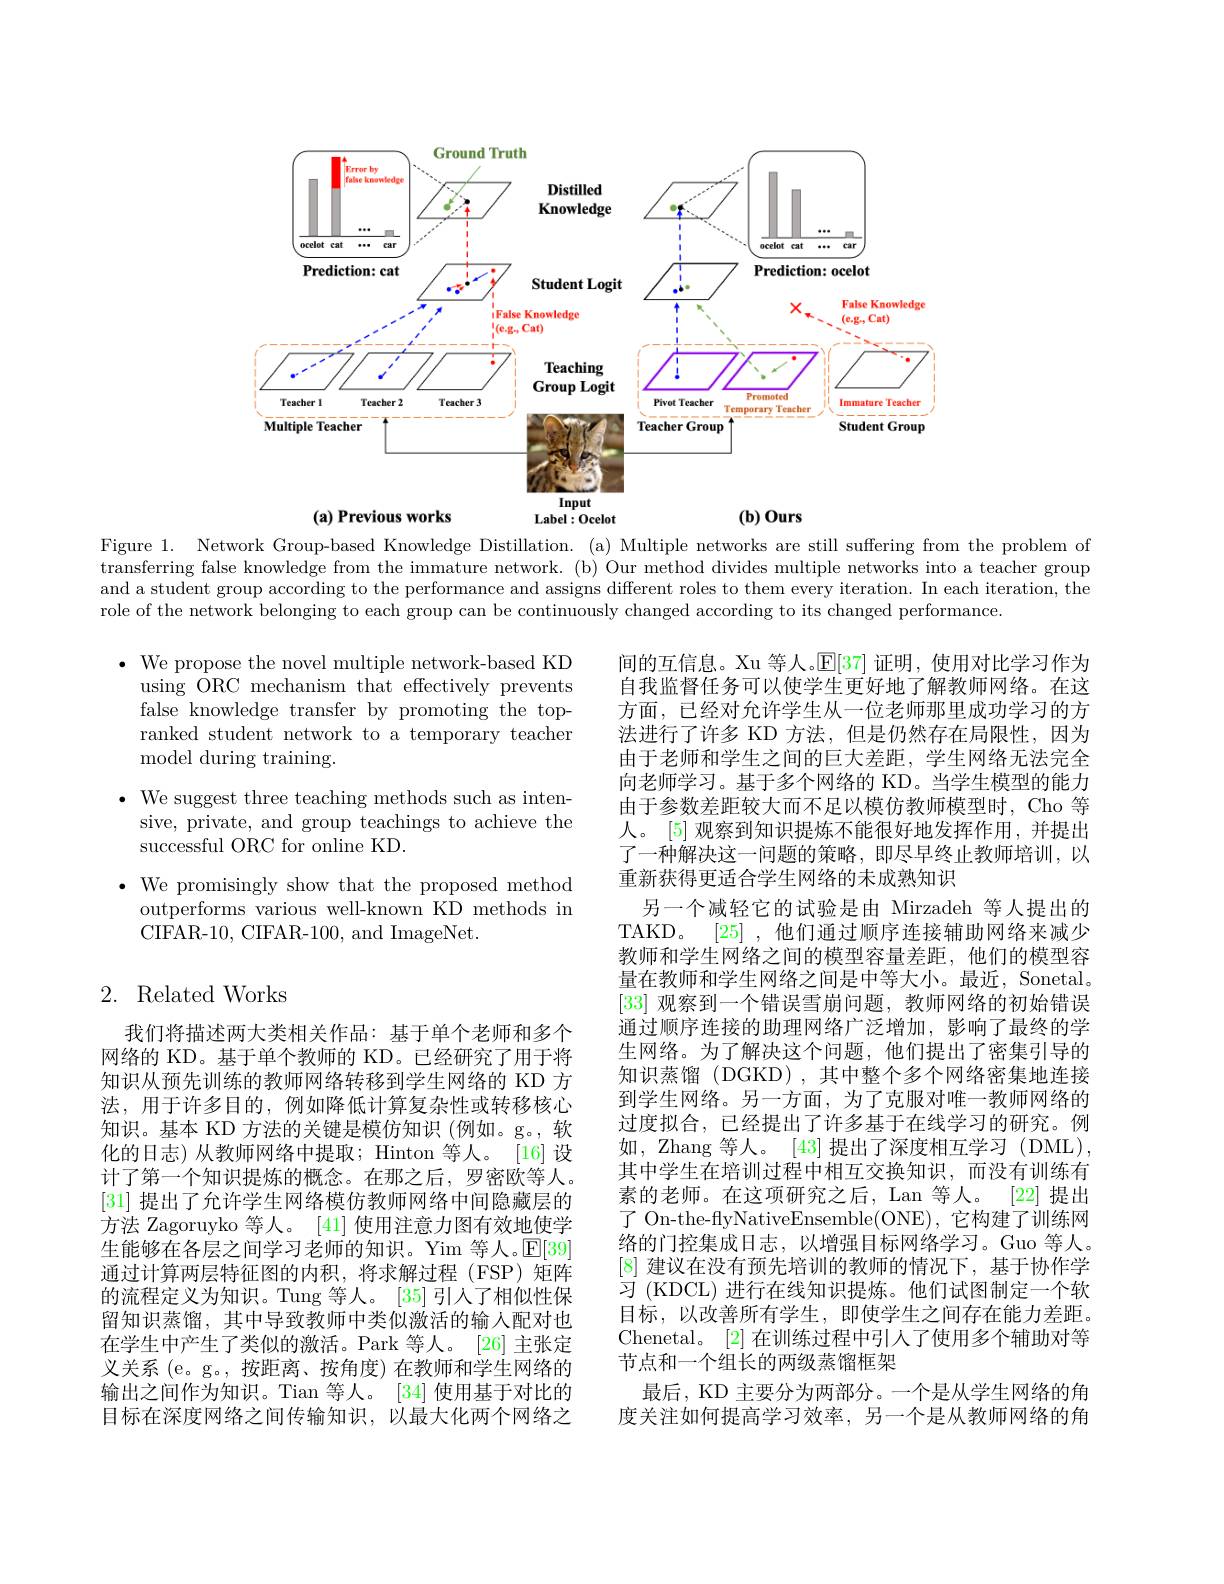
<FigureHere>

Figure 1. Network Group-based Knowledge Distillation. (a) Multiple networks are still suffering from the problem of transferring false knowledge from the immature network. (b) Our method divides multiple networks into a teacher group and a student group according to the performance and assigns different roles to them every iteration. In each iteration, the role of the network belonging to each group can be continuously changed according to its changed performance.

$\bullet$ We propose the novel multiple network-based KD
using ORC mechanism that effectively prevents false knowledge transfer by promoting the topranked student network to a temporary teacher model during training.
$\bullet$ We suggest three teaching methods such as inten-
sive, private, and group teachings to achieve the
successful ORC for online KD.
$\bullet$ We promisingly show that the proposed method
outperforms various well-known KD methods in
CIFAR-10, CIFAR-100, and ImageNet.

## 2. Related Works

间的互信息。Xu 等人。$\mathbb{E}[37]$证明，使用对比学习作为自我监督任务可以使学生更好地了解教师网络。在这方面，已经对允许学生从一位老师那里成功学习的方法进行了许多 KD 方法，但是仍然存在局限性，因为由于老师和学生之间的巨大差距，学生网络无法完全向老师学习。基于多个网络的 KD。当学生模型的能力由于参数差距较大而不足以模仿教师模型时，Cho 等人。[5] 观察到知识提炼不能很好地发挥作用，并提出了一种解决这一问题的策略，即尽早终止教师培训，以重新获得更适合学生网络的未成熟知识
另一个减轻它的试验是由 Mirzadeh 等人提出的TAKD。[25],他们通过顺序连接辅助网络来减少教师和学生网络之间的模型容量差距，他们的模型容量在教师和学生网络之间是中等大小。最近，Sonetal。[33]观察到一个错误雪崩问题，教师网络的初始错误通过顺序连接的助理网络广泛增加，影响了最终的学生网络。为了解决这个问题，他们提出了密集引导的知识蒸馏 (DGKD) , 其中整个多个网络密集地连接到学生网络。另一方面，为了克服对唯一教师网络的过度拟合，已经提出了许多基于在线学习的研究。例如，Zhang 等人。[43]提出了深度相互学习 (DML) 其中学生在培训过程中相互交换知识，而没有训练有素的老师。在这项研究之后，Lan 等人。[22] 提出了 On-the-flyNativeEnsemble(ONE), 它构建了训练网络的门控集成日志，以增强目标网络学习。Guo 等人。[8]建议在没有预先培训的教师的情况下，基于协作学习 (KDCL) 进行在线知识提炼。他们试图制定一个软目标，以改善所有学生，即使学生之间存在能力差距。Chenetal。[2]在训练过程中引人了使用多个辅助对等节点和一个组长的两级蒸馏框架
最后，KD 主要分为两部分。一个是从学生网络的角度关注如何提高学习效率，另一个是从教师网络的角

我们将描述两大类相关作品：基于单个老师和多个网络的 KD。基于单个教师的 KD。已经研究了用于将知识从预先训练的教师网络转移到学生网络的 KD 方法，用于许多目的，例如降低计算复杂性或转移核心知识。基本 KD 方法的关键是模仿知识 (例如。g。, 软化的日志)从教师网络中提取；Hinton 等人。[16] 设计了第一个知识提炼的概念。在那之后，罗密欧等人。[31]提出了允许学生网络模仿教师网络中间隐藏层的方法 Zagoruyko 等人。[41] 使用注意力图有效地使学生能够在各层之间学习老师的知识。Yim 等人。$\mathbb{E}[39]$ 通过计算两层特征图的内积，将求解过程(FSP)矩阵的流程定义为知识。Tung 等人。[35]引入了相似性保留知识蒸馏，其中导致教师中类似激活的输入配对也在学生中产生了类似的激活。Park 等人。[26]主张定义关系 (e。g。,按距离、按角度)在教师和学生网络的输出之间作为知识。Tian 等人。[34]使用基于对比的目标在深度网络之间传输知识，以最大化两个网络之